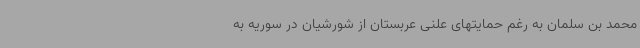
محمد بن سلمان به رغم حمایتهای علنی عربستان از شورشیان در سوریه به